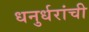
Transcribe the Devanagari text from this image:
धनुर्धरांची